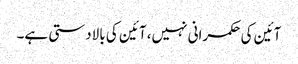
آئین کی حکمرانی نہیں، آئین کی بالادستی ہے۔